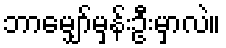
ဘာမျှော်မှန်းဦးမှာလဲ။